Indian journal of veterinary science and animal husbandry - Volumes 18-21, 1948-1951
Year: 1948
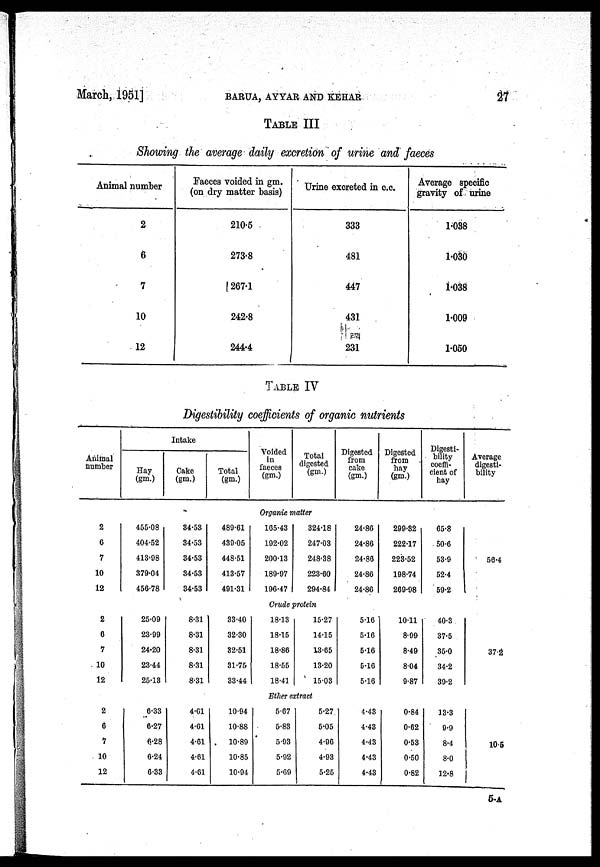
March,
1951]
BARUA,
AYYAR
AND
KEAR
27
TABLE III
Showing the average daily excretion of urine and faeces
Animal number
2
6
7
10
12
Faeces voided in gm.
(on dry matter basis)
210.5
273.8
267.1
242.8
244.4
Urine excreted in c.c.
333
481
447
431
231
Average specific
gravity of urine
1.038
1.030
1.038
1.009
1.050
TABLE IV
Digestibility coefficients of organic nutrients
Animal
number
Intake
Hay
(gm.)
Cake
(gm.)
Total
(gm.)
Voided
in
faeces
(gm.)
Total
digested
(gm.)
Digested
from
cake
(gm.)
Digested
from
hay
(gm.)
Digesti-
bility
coeffi-
cient of
hay
Average
digesti-
bility
Organic matter
2
6
7
10
12
455.08
404.52
413.98
379.04
456.78
34.53
34.53
34.53
34.53
34.53
489.61
439.05
448.51
413.57
491.31
165.43
192.02
200.13
189.97
196.47
324.18
247.03
248.38
223.60
294.84
24.86
24.86
24.86
24.86
24.86
299.82
222.17
223.52
198.74
269.98
65.8
50.6
53.9
52.4
59.2
56.4
Crude protein
2
6
7
10
12
25.09
23.99
24.20
23.44
25.13
8.31
8.31
8.31
8.31
8.31
33.40
32.30
32.51
31.75
33.44
18.13
18.15
18.86
18.55
18.41
15.27
14.15
13.65
13.20
15.03
5.16
5.16
5.16
5.16
5.16
10.11
8.99
8.49
8.04
9.87
40.3
37.5
35.0
34.2
39.2
37.2
Ether extract
2
6
7
10
12
6.33
6.27
6.28
6.24
6.33
4.61
4.61
4.61
4.61
4.61
10.94
10.88
10.89
10.85
10.94
5.67
5.83
5.93
5.92
5.69
5.27
5.05
4.96
4.93
5.25
4.43
4.43
4.43
4.43
4.43
0.84
0.62
0.53
0.50
0.82
13.3
9.9
8.4
8.0
12.8
10.5
5-A